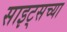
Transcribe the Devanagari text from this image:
साइट्‌सच्या